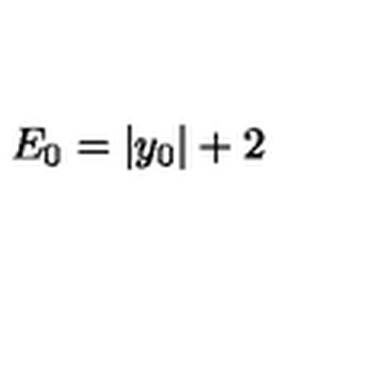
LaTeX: E _ { 0 } = \vert y _ { 0 } \vert + 2